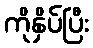
ကိုနှိပ်ပြီး